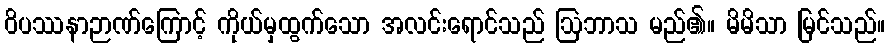
ဝိပဿနာဉာဏ်ကြောင့် ကိုယ်မှထွက်သော အလင်းရောင်သည် ဩဘာသ မည်၏။ မိမိသာ မြင်သည်။